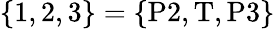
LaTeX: \{ 1,2,3\} =\{ \mathrm{P2},\mathrm{T},\mathrm{P3}\}